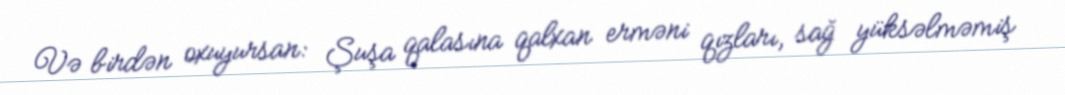
Və birdən oxuyursan: Şuşa qalasına qalxan erməni qızları, sağ yüksəlməmiş